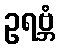
ဥရဗ္ဘံ